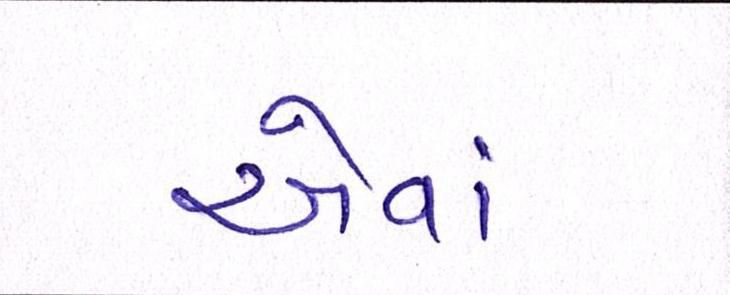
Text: એવાં